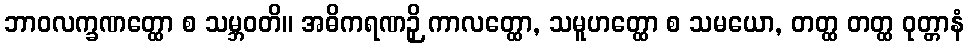
ဘာဝလက္ခဏတ္ထော စ သမ္ဘဝတိ။ အဓိကရဏဉှိ ကာလတ္ထော, သမူဟတ္ထော စ သမယော, တတ္ထ တတ္ထ ဝုတ္တာနံ